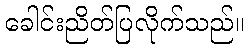
ခေါင်းညိတ်ပြလိုက်သည်။